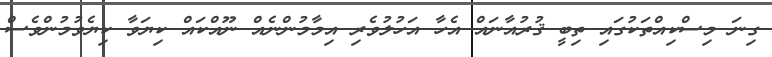
ގިނަ މިސްކިއްތަކުގައި ތިބީ ޤުރުއާނައް އެހާ އަހުލުވެރި އިމާމުންނެއް ނޫއްކައް ކިޔަވާ ކިޔެވުމުންވެސް